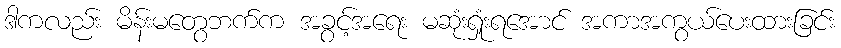
ဒါကလည်း မိန်းမတွေဘက်က အခွင့်အရေး မဆုံးရှုံးရအောင် အကာအကွယ်ပေးထားခြင်း